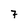
Character: 7